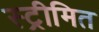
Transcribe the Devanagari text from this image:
स्ट्रीमित